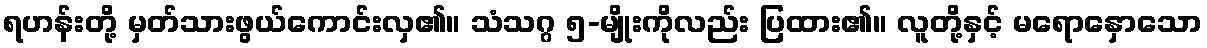
ရဟန်းတို့ မှတ်သားဖွယ်ကောင်းလှ၏။ သံသဂ္ဂ ၅-မျိုးကိုလည်း ပြထား၏။ လူတို့နှင့် မရောနှောသော